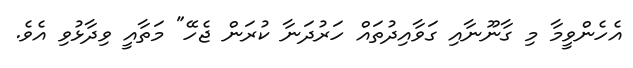
އެހެންވީމާ މި ގާނޫނާއި ގަވާއިދުތައް ހަރުދަނާ ކުރަން ޖެހޭ" މަތާއީ ވިދާޅުވި އެވެ.